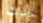
حدث